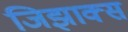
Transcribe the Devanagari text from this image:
जिझाक्स